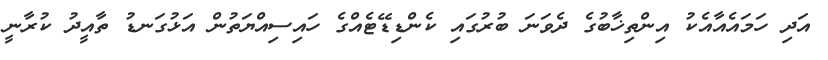
އަދި ހަމައެއާއެކު އިންތިޚާބުގެ ދެވަނަ ބުރުގައި ކެންޑިޑޭޓެއްގެ ހައިސިއްޔަތުން އަޅުގަނޑު ތާއީދު ކުރާނީ